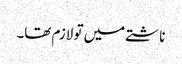
ناشتے میں تو لازم تھا۔